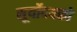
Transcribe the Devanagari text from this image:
सूर्योदयको